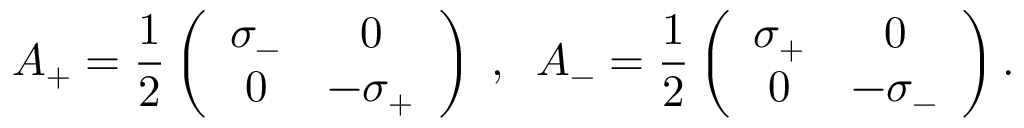
A _ { + } = \frac { 1 } { 2 } \left( \begin{array} { c c } { { \sigma _ { - } } } & { { 0 } } \\ { { 0 } } & { { - \sigma _ { + } } } \end{array} \right) \; , \; \; A _ { - } = \frac { 1 } { 2 } \left( \begin{array} { c c } { { \sigma _ { + } } } & { { 0 } } \\ { { 0 } } & { { - \sigma _ { - } } } \end{array} \right) .